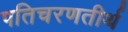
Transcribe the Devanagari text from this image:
पतिचरणतीर्थ